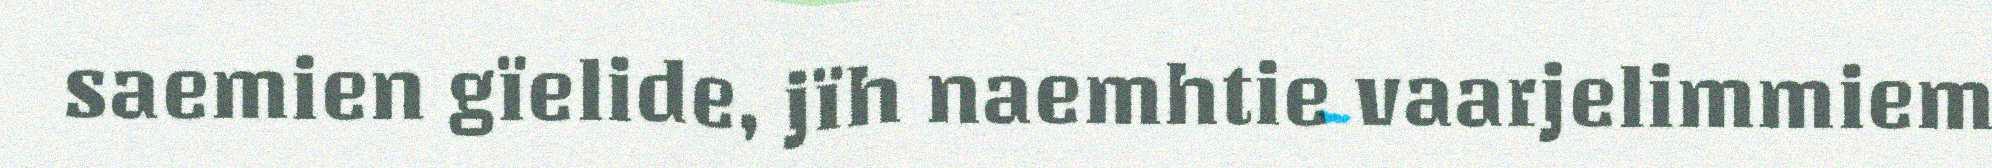
saemien gïelide, jïh naemhtie vaarjelimmiem